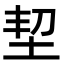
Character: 𡊷